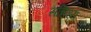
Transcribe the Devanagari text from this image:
सन्निध्य